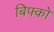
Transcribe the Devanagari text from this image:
बिफ्को